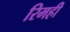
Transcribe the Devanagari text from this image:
रिमही